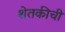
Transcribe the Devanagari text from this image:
शेतकीची